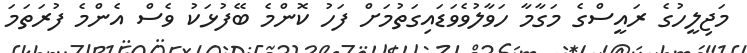
މަޖިލީހުގެ ރައީސްގެ މަގާމާ ހަވާލުވެވަޑައިގަތުމަށް ފަހު ކޮންމެ ބޭފުޅަކު ވެސް އެންމެ ފުރަތަމަ